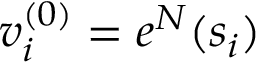
v _ { i } ^ { ( 0 ) } = e ^ { N } ( s _ { i } )